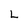
Character: L